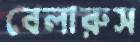
বেলারুস